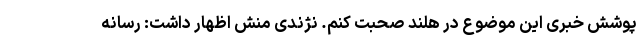
پوشش خبری این موضوع در هلند صحبت کنم. نژندی منش اظهار داشت: رسانه